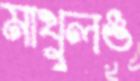
মাখুলঙ